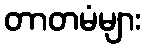
တာတမံများ